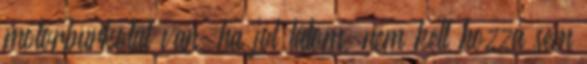
motorburkolat van, ha jól látom, nem kell hozzá sem